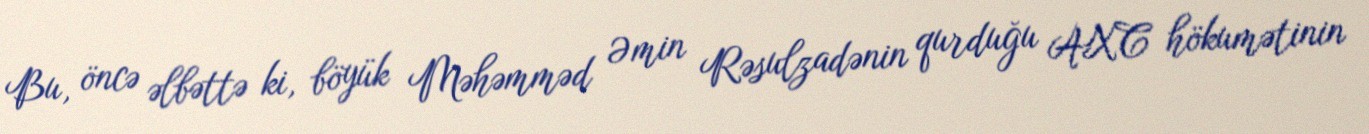
Bu, öncə əlbəttə ki, böyük Məhəmməd Əmin Rəsulzadənin qurduğu AXC hökumətinin